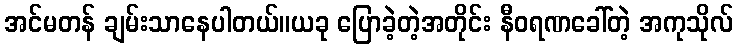
အင်မတန် ချမ်းသာနေပါတယ်။ယခု ပြောခဲ့တဲ့အတိုင်း နီဝရဏခေါ်တဲ့ အကုသိုလ်